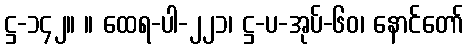
ဋ္ဌ-၁၄၂။ ။ ထေရ-ပါ-၂၂၁၊ ဋ္ဌ-ပ-အုပ်-၆၀၊ နောင်တော်